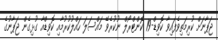
ޖަޕާނަށް ކުރިމަތިވެފައިވާ ކޮވިޑް-19 ކޮންޓްރޯލް ނުކުރެވޭ މައްސަލަ ހައްލުކުރުމާއި ކޮވިޑްއާ ގުޅިގެން ޖަޕާނުގެ